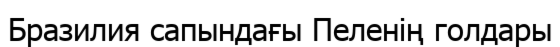
Бразилия сапындағы Пеленің голдары